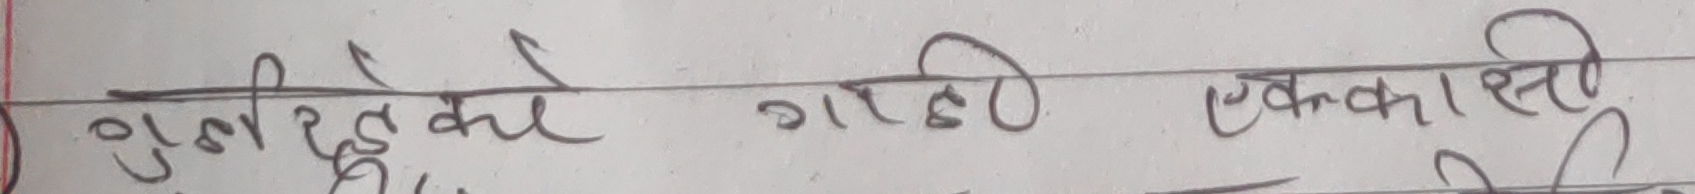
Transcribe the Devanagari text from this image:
गुणनिर्देशको गरमी एकादशी